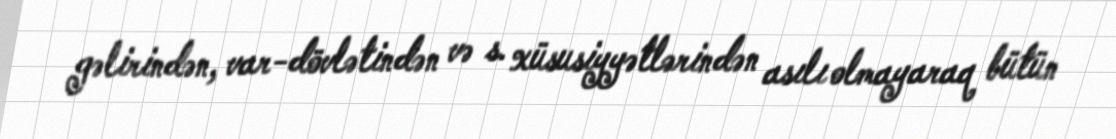
gəlirindən, var-dövlətindən və s. xüsusiyyətlərindən asılı olmayaraq bütün